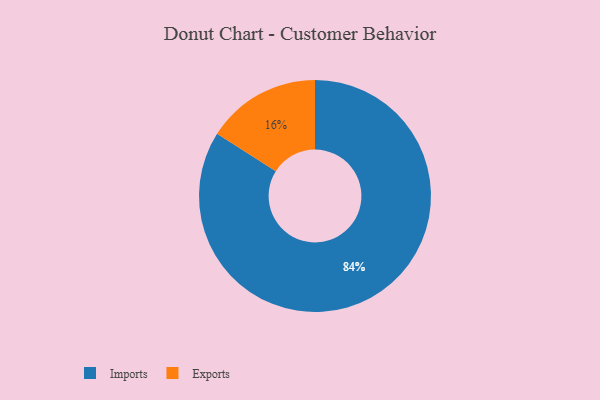
{"axis": {"x": "Category", "y": "Percentage"}, "legend": ["Exports", "Imports"], "data": [{"x": "Imports", "y": 84, "type": "Imports"}, {"x": "Exports", "y": 16, "type": "Exports"}]}